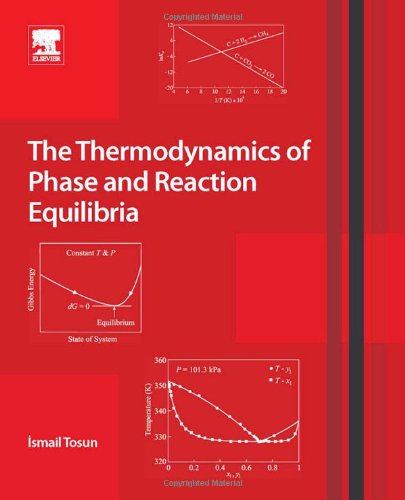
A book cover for The Thermodynamics of Phase and Reaction Equilibria; Ismail Tosun; Science & Math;